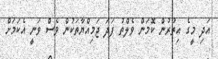
އަދި މީގެ އިތުރުން ކޮމަން ވެލްތު ފަދަ ޖަމިއްޔާތަކުން ވެސް ވަނީ އެކަމަށް